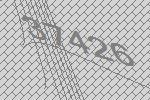
37426